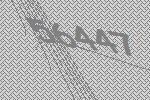
56447